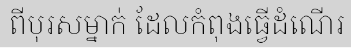
ពីបុរសម្នាក់ ដែលកំពុងធ្វើដំណើរ